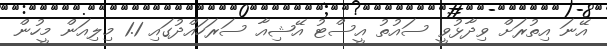
އޭނަ އިތުރަށް ވިދާޅުވީ ސައުތު އީސްޓު އޭޝިއާ ސަރަހައްދުގައި 1.1 މިލިއަން މީހުން